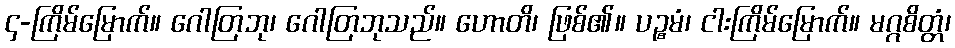
၄-ကြိမ်မြောက်။ ဂေါတြဘု၊ ဂေါတြဘုသည်။ ဟောတိ၊ ဖြစ်၏။ ပဉ္စမံ၊ ငါးကြိမ်မြောက်။ မဂ္ဂစိတ္တံ၊